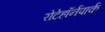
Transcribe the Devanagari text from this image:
रोटेहॉर्नपार्क